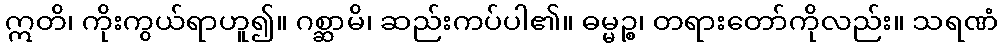
ဣတိ၊ ကိုးကွယ်ရာဟူ၍။ ဂစ္ဆာမိ၊ ဆည်းကပ်ပါ၏။ ဓမ္မဉ္စ၊ တရားတော်ကိုလည်း။ သရဏံ